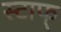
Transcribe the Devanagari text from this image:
स्टाफ्